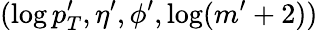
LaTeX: (\log p_{T}^{\prime},\eta^{\prime},\phi^{\prime},\log(m^{\prime}+2))